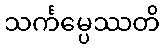
သင်္ကမ္ပေဿတိ